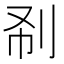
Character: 𠛚